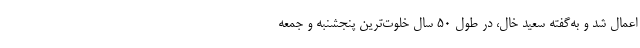
اعمال شد و به‌گفته سعید خال، در طول ۵۰ سال خلوت‌ترین پنجشنبه و جمعه